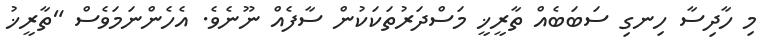
މި ހާދިސާ ހިނގި ސަބަބެއް ތާރީޚީ މަސްދަރުތަކަކުން ސާފެއް ނޫނެވެ. އެހެންނަމަވެސް "ތާރީޚު